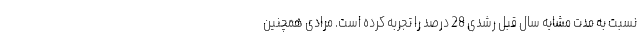
نسبت به مدت مشابه سال قبل رشدی 28 درصد را تجربه کرده است. مرادی همچنین